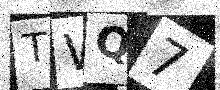
Text: TWQ7